Scottish Leaving Certificate Examination, 1955
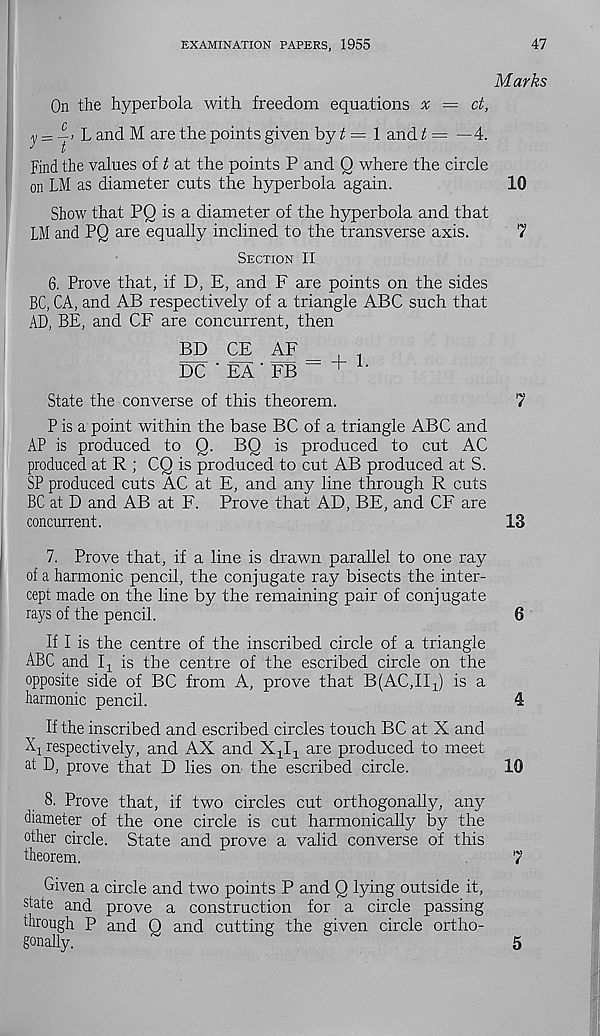
EXAMINATION PAPERS, 1955
47
Marks
On the hyperbola with freedom equations x = ct,
^ = y > L and M are the points given by £ = 1 and t= —4.
Find the values of t at the points P and Q where the circle
on LM as diameter cuts the hyperbola again.
10
Show that PQ is a diameter of the hyperbola and that
LM and PQ are equally inclined to the transverse axis.
7
Section II
6. Prove that, if D, E, and F are points on the sides
BC, CA, and AB respectively of a triangle ABC such that
AD, BE, and CF are concurrent, then
BD CE AF _
DC ' FA ' FB - + L
State the converse of this theorem.
7
P is a point within the base BC of a triangle ABC and
AP is produced to Q. BQ is produced to cut AC
produced at R ; CQ is produced to cut AB produced at S.
SP produced cuts AC at E, and any line through R cuts
BC at D and AB at F. Prove that AD, BE, and CF are
concurrent.
13
7. Prove that, if a line is drawn parallel to one ray
of a harmonic pencil, the conjugate ray bisects the inter-
cept made on the line by the remaining pair of conjugate
rays of the pencil.
6
If I is the centre of the inscribed circle of a triangle
ABC and Ij is the centre of the escribed circle on the
opposite side of BC from A, prove that B(AC,II 1 ) is a
harmonic pencil.
4
If the inscribed and escribed circles touch BC at X and
X : respectively, and AX and XjI-l are produced to meet
at D, prove that D lies on the escribed circle.
10
8. Prove that, if two circles cut orthogonally, any
diameter of the one circle is cut harmonically by the
other circle. State and prove a valid converse of this
theorem.
7
Given a circle and two points P and Q lying outside it,
state and prove a construction for a circle passing
through P and Q and cutting the given circle ortho-
gonally.
~
5